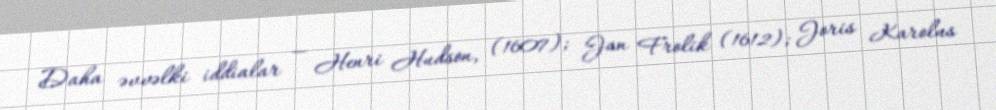
Daha əvvəlki iddialar — Henri Hudson, (1607); Jan Frolik (1612); Joris Karolus